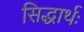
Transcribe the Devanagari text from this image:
सिद्धार्थः